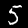
Digit: 5